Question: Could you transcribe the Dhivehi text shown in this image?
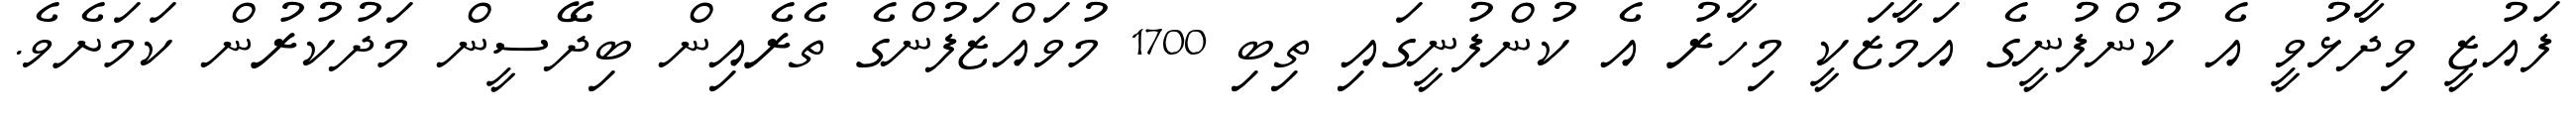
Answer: ފައުޒީ ވިދާޅުވީ އެ ކުންފުނީގެ އަމާޒަކީ މިހާރު އެ ކުންފުނީގައި ތިބި 1700 މުވައްޒަފުންގެ ތެރެއިން ބިދޭސީން މަދުކުރުން ކަމަށެވެ.